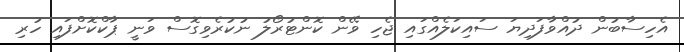
އެހިސާބުން ދުއްވާފަދިޔަ ސައިކަލެއްގައި ޖެހި ވޭން ކޮންޓުރޯލު ނުކުރެވިގޮސް ވަނީ ޕާކްކޮށްފައި ހުރި